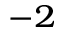
^ { - 2 }